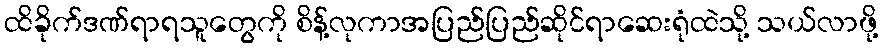
ထိခိုက်ဒဏ်ရာရသူတွေကို စိန့်လုကာအပြည်ပြည်ဆိုင်ရာဆေးရုံထဲသို့ သယ်လာဖို့